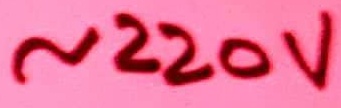
Text: ~220V